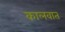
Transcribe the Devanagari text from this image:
कालवात